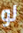
لو